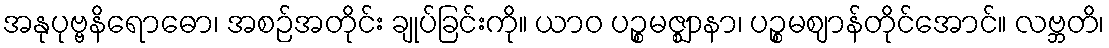
အနုပုဗ္ဗနိရောဓော၊ အစဉ်အတိုင်း ချုပ်ခြင်းကို။ ယာဝ ပဉ္စမဇ္ဈာနာ၊ ပဉ္စမဈာန်တိုင်အောင်။ လဗ္ဘတိ၊